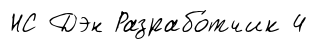
НС Дэн Разрабо́тчик 4